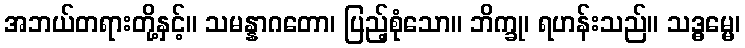
အဘယ်တရားတို့နှင့်။ သမန္နာဂတော၊ ပြည့်စုံသော။ ဘိက္ခု၊ ရဟန်းသည်။ သဒ္ဓမ္မေ၊